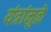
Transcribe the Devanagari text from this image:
यंत्रांमुळे